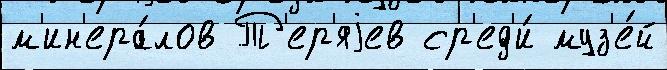
м'ин'ера́лов Т'ер'яjев ср'ед'и́ муз'е́й